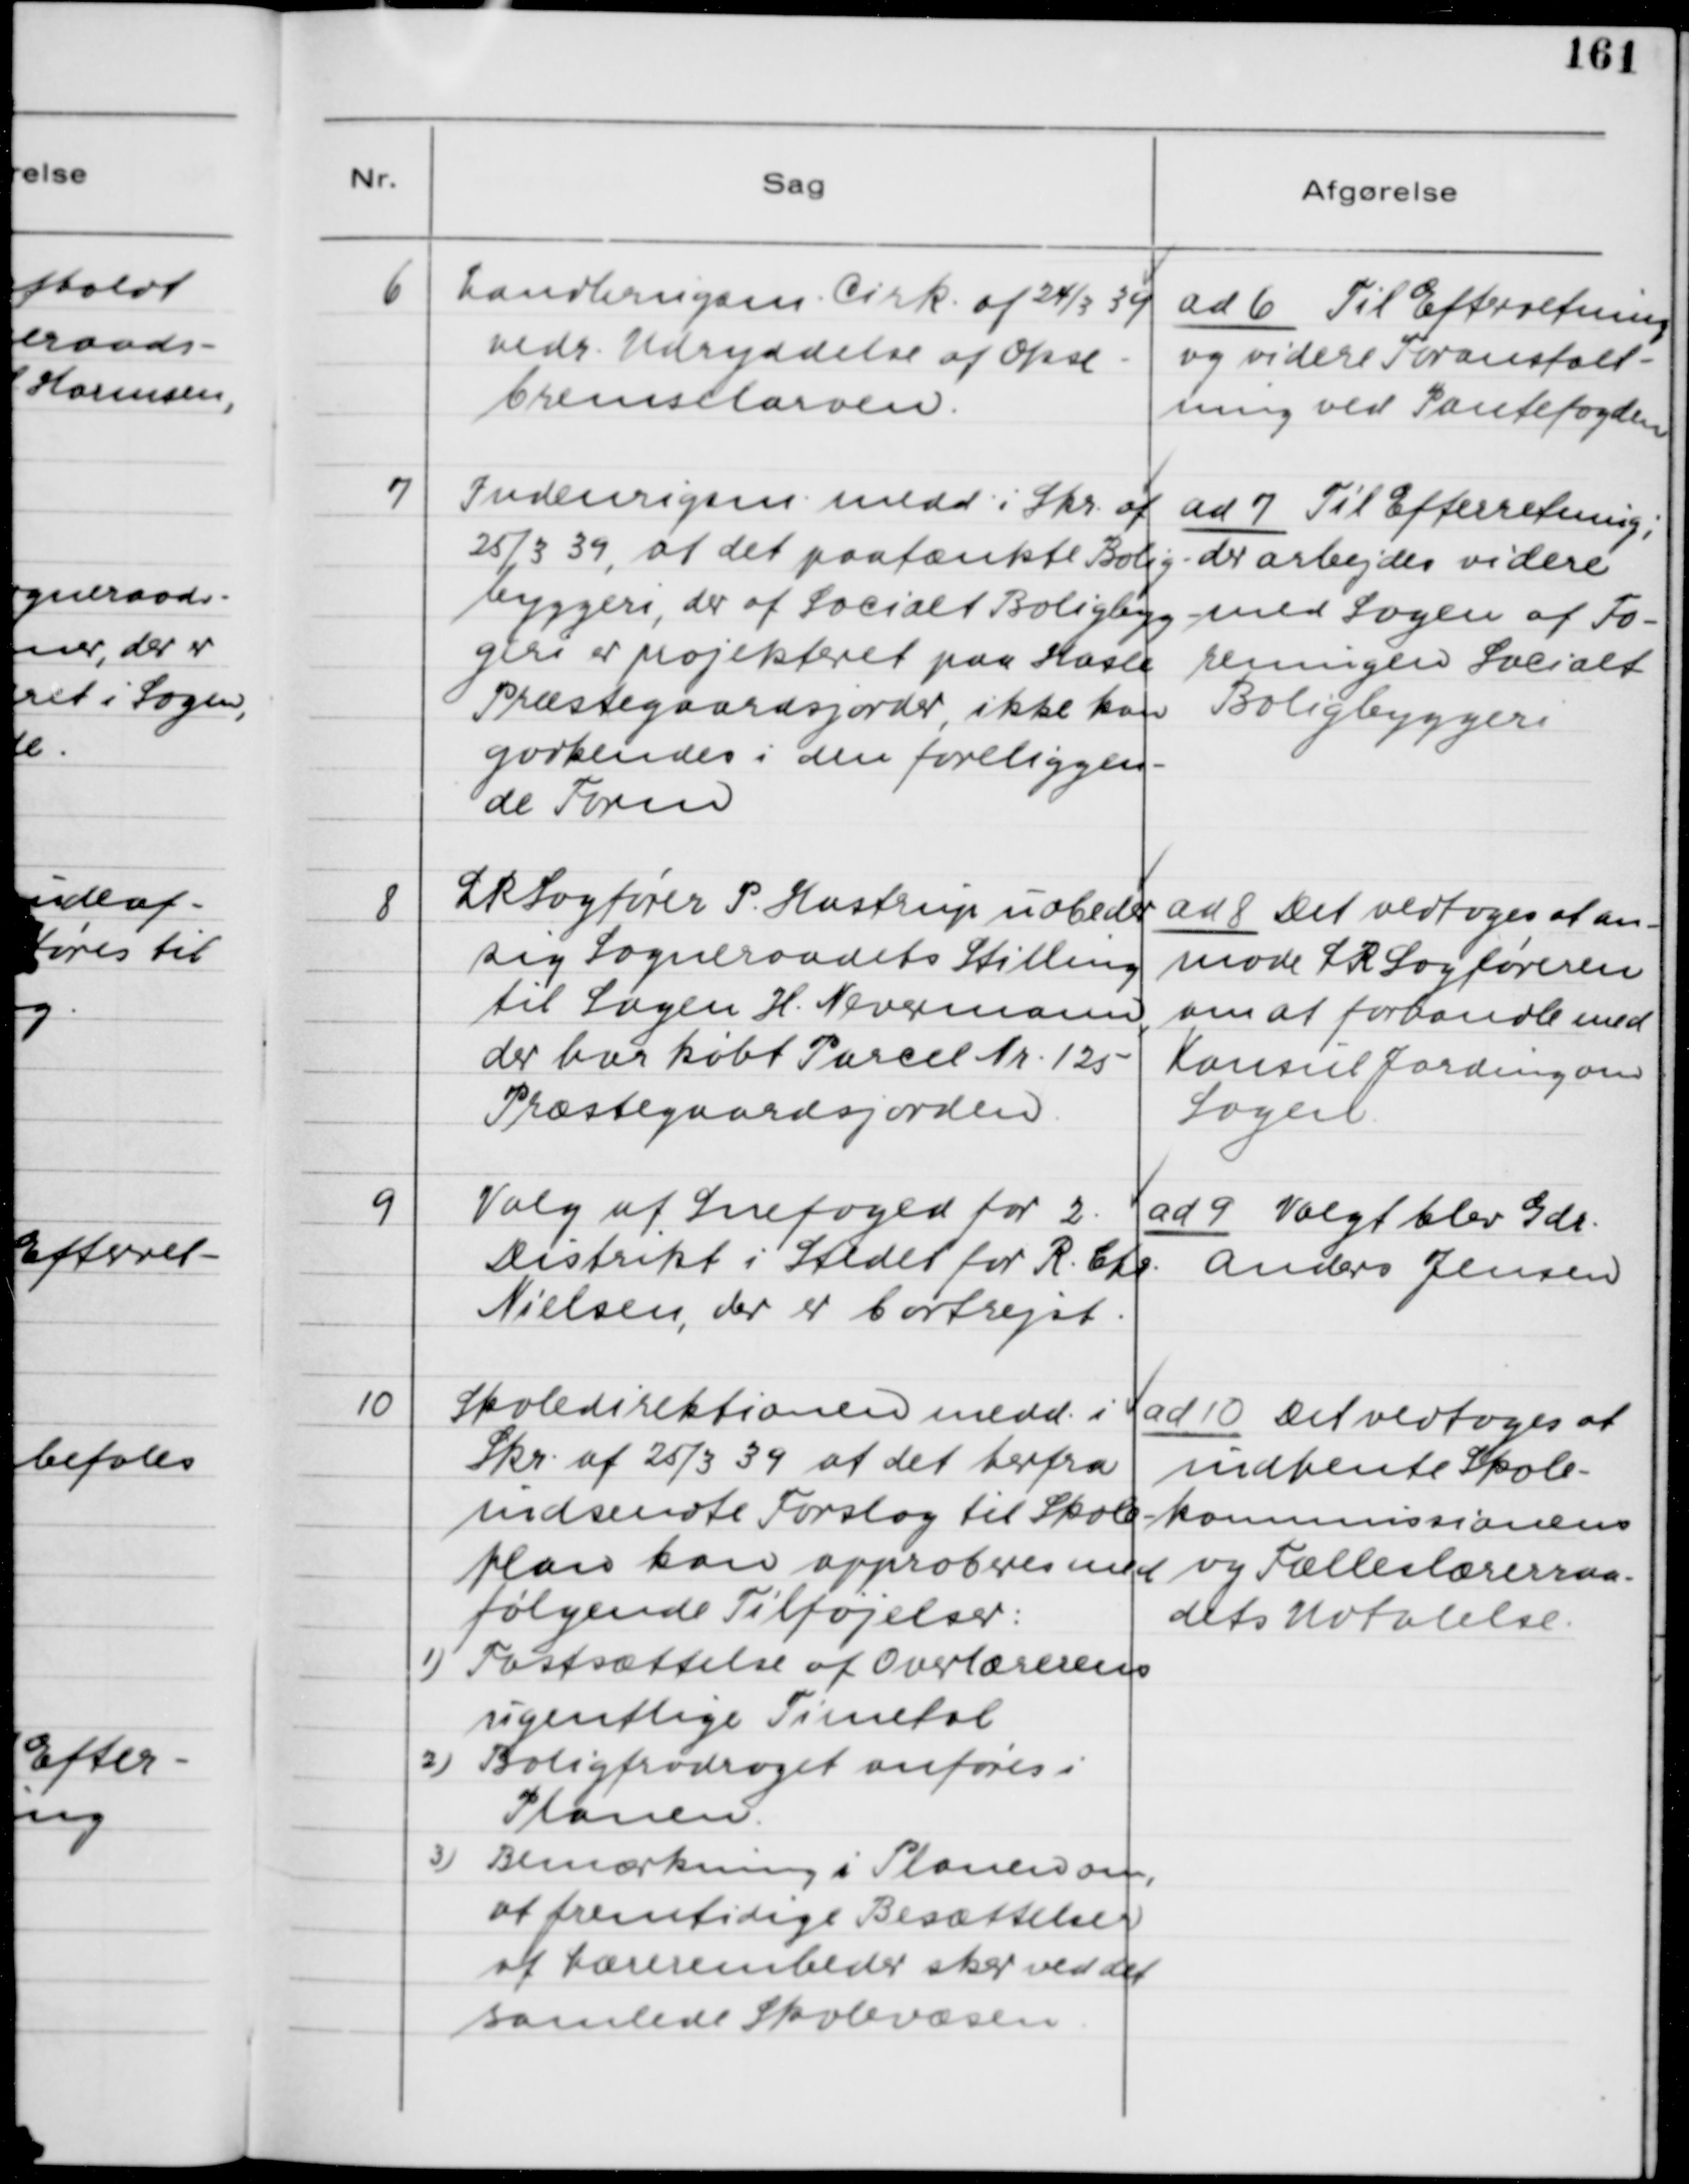
Transskription:
6.
Landbrugsm. Cirk. af 24/3 39
vedr. Udryddelse af Okse-
bremselarven.

ad 6. Til Efterretning
og videre Foranstalt-
ning ved Pantefogeden

7.
Indenrigsm. medd. i Skr. af
25/3 39, at det paatænkte Bolig-
byggeri, der af Socialt Boligbyg-
geri er projekteret paa Hasle
Præstegaardsjorder, ikke kan
godkendes i den foreliggen-
de Form.

ad 7. Til Efterretning;
der arbejdes videre
med Sagen af Fo-
reningen Socialt
Boligbyggeri.

8.
LRSagfører P. Hastrup udbeder
sig Sogneraadets Stilling
til Sagen H. Nevermann,
der har købt Parcel Nr. 125
Præstegaardsjorden.

ad 8. Det vedtoges, at an-
mode LRSagføreren
om at forhandle med
Konsul Jarding om
Sagen.

9.
Valg af Snefoged for 2.
Distrikt i Stedet for R. Chr.
Nielsen, der er bortrejst.

ad 9. Valgt blev Gdr.
Anders Jensen

10.
Skoledirektionen medd. i
Skr. af 25/3 39 at det herfra
indsendte Forslag til Skole-
plan kan approberes med
følgende Tilføjelser:
1) Fastsættelse af Overlærerens
ugentlige Timeantal
2) Boligfradraget anføres i
Planen
3) Bemærkning i Planen om
at fremtidige Besættelser
af Lærerembeder sker ved det
samlede Skolevæsen.

ad 10. Det vedtoges at
indhente Skole-
kommissionens
og Fælleslærerraa-
dets Udtalelse.